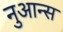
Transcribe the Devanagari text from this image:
नुआन्स